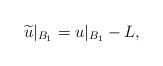
LaTeX: \begin{align*}\widetilde{u}|_{B_1}=u|_{B_1} - L,\end{align*}